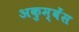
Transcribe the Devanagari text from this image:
अकुम्बेंस